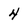
Character: 4